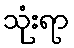
သုံးရာ